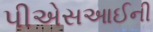
પીએસઆઈની